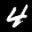
Label: 4